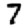
Digit: 7